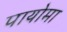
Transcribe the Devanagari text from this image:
पायोमा